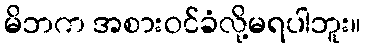
မိဘက အစားဝင်ခံလို့မရပါဘူး။